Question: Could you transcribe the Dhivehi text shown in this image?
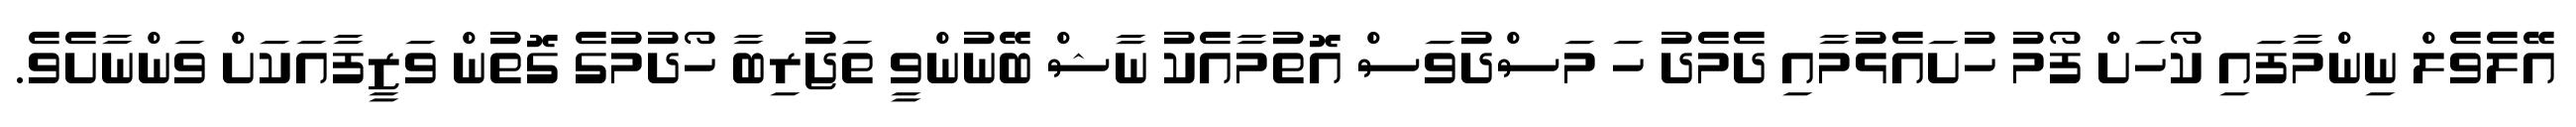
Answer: އޭލެވެލް ނިންމާފައި ކޯހަށް ފޯމު ހުށައެޅުމާއި ދެމެދު ހަ މަސްދުވަސް އޮތުމާއެކު ނާޝް ބޭނުންވީ ތަޖުރިބާ ހޯދުމުގެ ގޮތުން ވަޒީފާއަކަށް ވަންނާށެވެ.